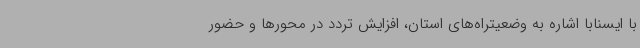
با ایسنابا اشاره به وضعیتراه‌های استان، افزایش تردد در محورها و حضور